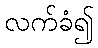
လက်ခံ၍